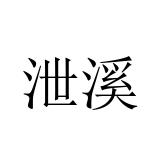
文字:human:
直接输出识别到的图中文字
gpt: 泄溪